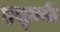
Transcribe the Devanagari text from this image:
इद्ज्वी